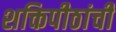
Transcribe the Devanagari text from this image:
शक्तिपीठांची